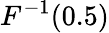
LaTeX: F^{-1}(0.5)